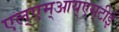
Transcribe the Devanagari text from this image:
एल्‌एम्‌आय्‌एस्‌टीई